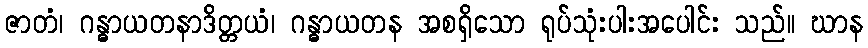
ဇာတံ၊ ဂန္ဓာယတနာဒိတ္တယံ၊ ဂန္ဓာယတန အစရှိသော ရုပ်သုံးပါးအပေါင်း သည်။ ဃာန